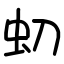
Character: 虭